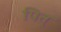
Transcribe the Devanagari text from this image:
पित्